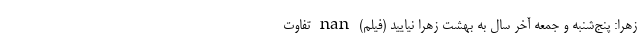
زهرا: پنج‌شنبه و جمعه آخر سال به بهشت زهرا نیایید (فیلم) nan تفاوت